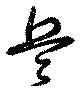
兵